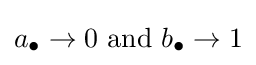
a_{\bullet }\to 0{\text{ and }}b_{\bullet }\to 1